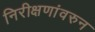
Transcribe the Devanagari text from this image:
निरीक्षणांवरुन